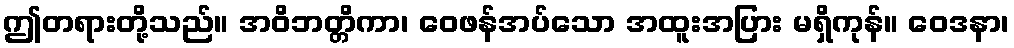
ဤတရားတို့သည်။ အဝိဘတ္တိကာ၊ ဝေဖန်အပ်သော အထူးအပြား မရှိကုန်။ ဝေဒနာ၊